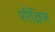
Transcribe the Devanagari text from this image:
परिक्षिप्त